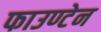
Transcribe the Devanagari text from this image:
फाउण्टेन